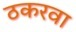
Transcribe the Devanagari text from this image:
ठकरवा